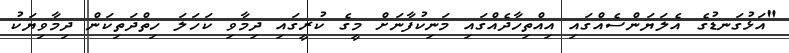
"އަޅުގަނޑުގެ އެލަޔަންސެއްގައި އިއްތިހާދެއްގައި މަނިކުފާނަށް މީގެ ކުރީގައި ދިމާވި ކަހަލަ ހިތްދަތިކަން ދިމާވިޔަކު